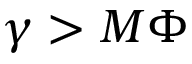
\gamma > M \Phi